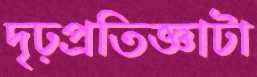
দৃঢ়প্রতিজ্ঞাটা